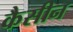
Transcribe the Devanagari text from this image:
कैसीन